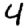
Digit: 4